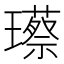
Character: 𮴸